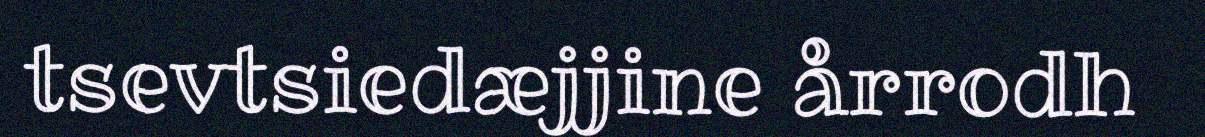
tsevtsiedæjjine årrodh